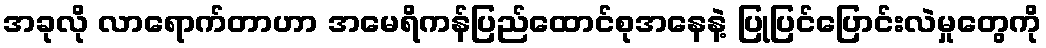
အခုလို လာရောက်တာဟာ အမေရိကန်ပြည်ထောင်စုအနေနဲ့ ပြုပြင်ပြောင်းလဲမှုတွေကို